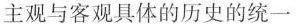
主观与客观具体的历史的统一